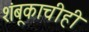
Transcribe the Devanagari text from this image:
शंबूकाचीही